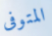
المتوفى